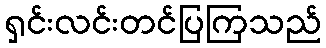
ရှင်းလင်းတင်ပြကြသည်